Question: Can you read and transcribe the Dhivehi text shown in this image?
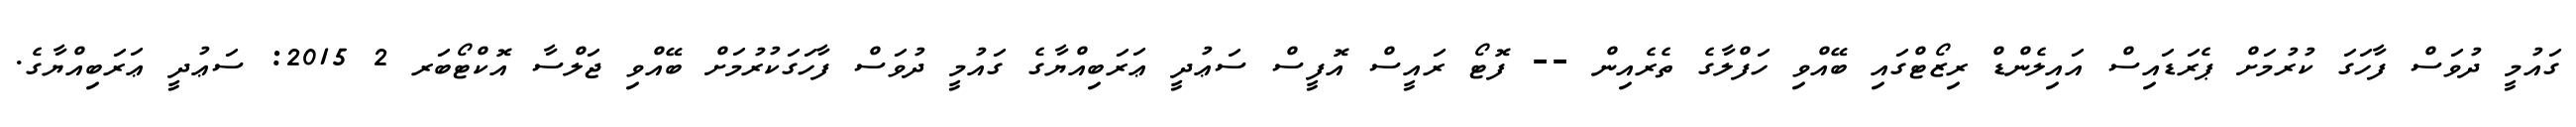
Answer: ގައުމީ ދުވަސް ފާހަގަ ކުރުމަށް ޕެރަޑައިސް އައިލެންޑް ރިޒޯޓްގައި ބޭއްވި ހަފްލާގެ ތެރެއިން -- ފޮޓޯ ރައީސް އޮފީސް ސަޢުދީ ޢަރަބިއްޔާގެ ގައުމީ ދުވަސް ފާހަގަކުރުމަށް ބޭއްވި ޖަލްސާ އޮކްޓޯބަރ 2 2015: ސަޢުދީ ޢަރަބިއްޔާގެ.